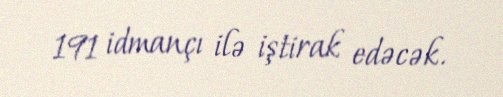
191 idmançı ilə iştirak edəcək.